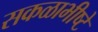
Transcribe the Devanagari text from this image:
सकळाभीष्टे